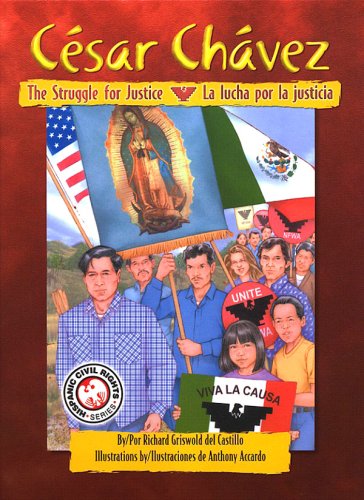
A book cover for Cesar Chavez: The Struggle for Justice / Cesar Chavez: La lucha por la justicia; Richard Griswold del Castillo; Children's Books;